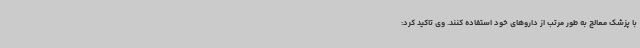
با پزشک معالج به طور مرتب از داروهای خود استفاده کنند. وی تاکید کرد: